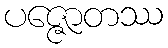
ပဇ္ဇောတဿ